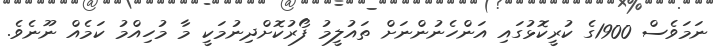
ނަމަވެސް 1900ގެ ކުރީކޮޅުގައި އަންހެނުންނަށް ތައުލީމު ފޯރުކޮށްދިނުމަކީ މާ މުހިއްމު ކަމެއް ނޫނެވެ.